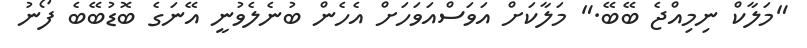
"މަލާކް ނިމިއްޖެ ބޭބޭ." މަލާކަށް އަވަސްއަވަހަށް އެހެން ބުނެލެވުނީ އޭނަގެ ބޮޑުބޭބެ ފޯނު